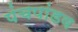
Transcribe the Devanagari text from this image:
पंचपांडव